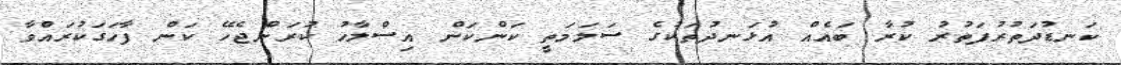
ކަނޑުދަތުރުފަތުރު ކުރާ ބައެއް އުޅަނދުތަކުގެ ސަލަމަތީ ކަންކަން އިސްލާހު ކުރަންޖެހޭ ކަން ފާހަގަކުރައްވާ